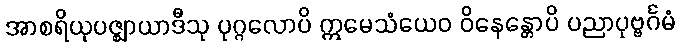
အာစရိယုပဇ္ဈာယာဒီသု ပုဂ္ဂလောပိ ဣမေသံယေဝ ဝိနေန္တောပိ ပညာပုဗ္ဗင်္ဂမံ